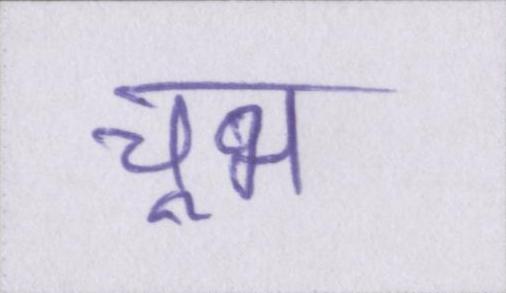
चूभ